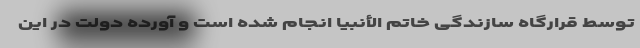
توسط قرارگاه سازندگی خاتم الأنبیا انجام شده است و آورده دولت در این